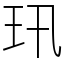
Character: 𤣲